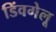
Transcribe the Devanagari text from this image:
डिंवगेलू